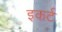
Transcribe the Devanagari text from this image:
इकर्ट